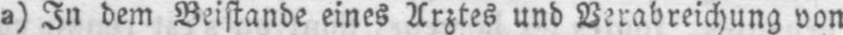
a) In dem Beistanbe eines Arztes unb Verabreichnung von